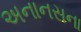
અનાનસના